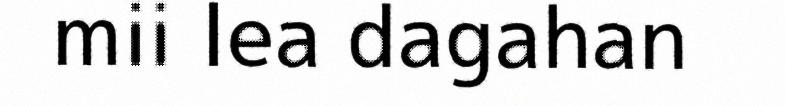
mii lea dagahan